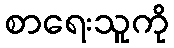
စာရေးသူကို